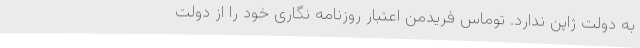
به دولت ژاپن ندارد. توماس فریدمن اعتبار روزنامه نگاری خود را از دولت